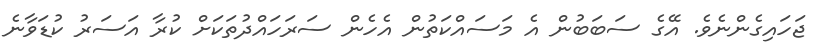
ޖަހައިގެންނެވެ. އޭގެ ސަބަބުން އެ މަސައްކަތުން އެހެން ސަރަހައްދުތަކަށް ކުރާ އަސަރު ކުޑަވާނެ